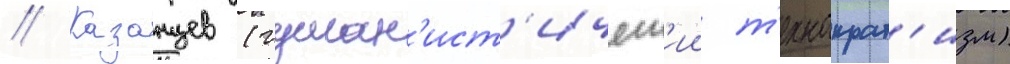
// Казанцев (гуман'ист'ическ'ии т'ехнократ'изм)